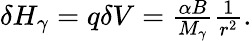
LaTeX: \begin{array}{r}{\delta H_{\gamma}=q\delta V=\frac{\alpha B}{M_{\gamma}}\frac{1}{r^{2}}.}\end{array}